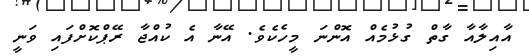
އާއިލާއާ ގާތް ގުޅުމެއް އޮންނަ މީހެކެވެ. އޭނާ އެ ކުއްޖާ ރޭޕްކޮށްފައި ވަނީ